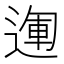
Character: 𨔪